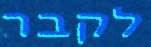
לקבר